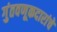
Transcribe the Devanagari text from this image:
गुंतवणूकदारांचे